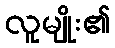
လူမျိုး၏